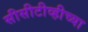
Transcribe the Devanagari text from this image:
सीसीटीव्हीच्या